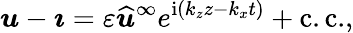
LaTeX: \boldsymbol{u}-\boldsymbol{\imath}=\varepsilon\widehat{\boldsymbol{u}}^{\infty}e^{\mathrm{i}\left(k_{z}z-k_{x}t\right)}+\mathrm{c.c.},